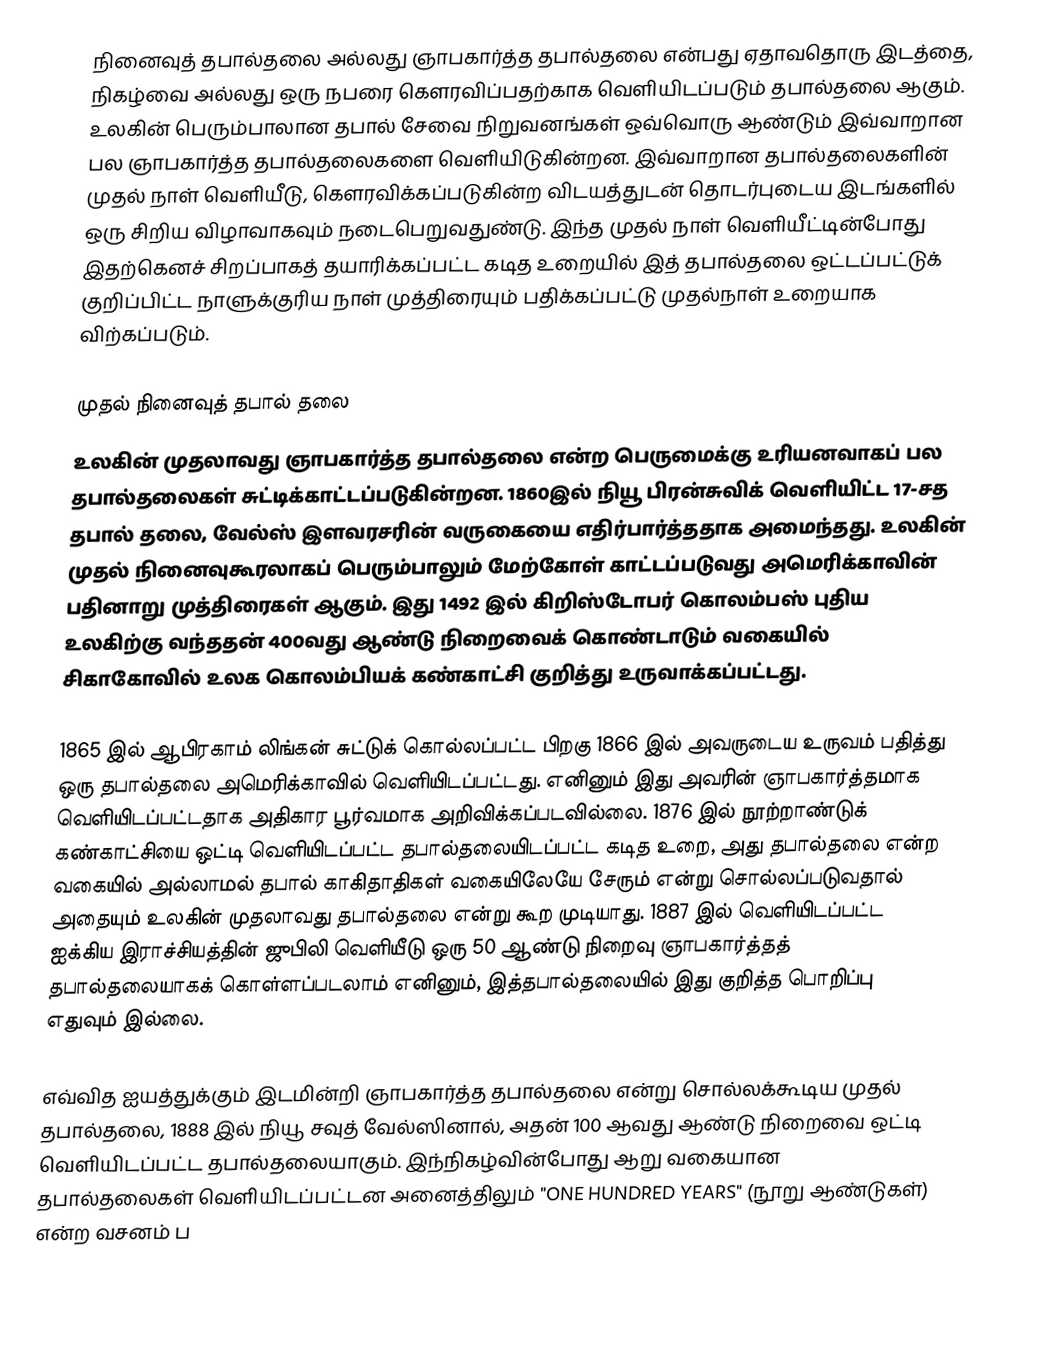
நினைவுத் தபால்தலை அல்லது ஞாபகார்த்த தபால்தலை என்பது ஏதாவதொரு இடத்தை, நிகழ்வை அல்லது ஒரு நபரை கௌரவிப்பதற்காக வெளியிடப்படும் தபால்தலை ஆகும். உலகின் பெரும்பாலான தபால் சேவை நிறுவனங்கள் ஒவ்வொரு ஆண்டும் இவ்வாறான பல ஞாபகார்த்த தபால்தலைகளை வெளியிடுகின்றன. இவ்வாறான தபால்தலைகளின் முதல் நாள் வெளியீடு, கௌரவிக்கப்படுகின்ற விடயத்துடன் தொடர்புடைய இடங்களில் ஒரு சிறிய விழாவாகவும் நடைபெறுவதுண்டு. இந்த முதல் நாள் வெளியீட்டின்போது இதற்கெனச் சிறப்பாகத் தயாரிக்கப்பட்ட கடித உறையில் இத் தபால்தலை ஒட்டப்பட்டுக் குறிப்பிட்ட நாளுக்குரிய நாள் முத்திரையும் பதிக்கப்பட்டு முதல்நாள் உறையாக விற்கப்படும்.

முதல் நினைவுத் தபால் தலை
உலகின் முதலாவது ஞாபகார்த்த தபால்தலை என்ற பெருமைக்கு உரியனவாகப் பல தபால்தலைகள் சுட்டிக்காட்டப்படுகின்றன. 1860இல் நியூ பிரன்சுவிக் வெளியிட்ட 17-சத தபால் தலை, வேல்ஸ் இளவரசரின் வருகையை எதிர்பார்த்ததாக அமைந்தது. உலகின் முதல் நினைவுகூரலாகப் பெரும்பாலும் மேற்கோள் காட்டப்படுவது அமெரிக்காவின் பதினாறு முத்திரைகள் ஆகும். இது 1492 இல் கிறிஸ்டோபர் கொலம்பஸ் புதிய உலகிற்கு வந்ததன் 400வது ஆண்டு நிறைவைக் கொண்டாடும் வகையில் சிகாகோவில் உலக கொலம்பியக் கண்காட்சி குறித்து உருவாக்கப்பட்டது.

1865 இல் ஆபிரகாம் லிங்கன் சுட்டுக் கொல்லப்பட்ட பிறகு 1866 இல் அவருடைய உருவம் பதித்து ஒரு தபால்தலை அமெரிக்காவில் வெளியிடப்பட்டது. எனினும் இது அவரின் ஞாபகார்த்தமாக வெளியிடப்பட்டதாக அதிகார பூர்வமாக அறிவிக்கப்படவில்லை.  1876 இல் நூற்றாண்டுக் கண்காட்சியை ஒட்டி வெளியிடப்பட்ட தபால்தலையிடப்பட்ட கடித உறை, அது தபால்தலை என்ற வகையில் அல்லாமல் தபால் காகிதாதிகள் வகையிலேயே சேரும் என்று சொல்லப்படுவதால் அதையும் உலகின் முதலாவது தபால்தலை என்று கூற முடியாது. 1887 இல் வெளியிடப்பட்ட ஐக்கிய இராச்சியத்தின் ஜுபிலி வெளியீடு ஒரு 50 ஆண்டு நிறைவு ஞாபகார்த்தத் தபால்தலையாகக் கொள்ளப்படலாம் எனினும், இத்தபால்தலையில் இது குறித்த பொறிப்பு எதுவும் இல்லை.

எவ்வித ஐயத்துக்கும் இடமின்றி ஞாபகார்த்த தபால்தலை என்று சொல்லக்கூடிய முதல் தபால்தலை, 1888 இல் நியூ சவுத் வேல்ஸினால், அதன் 100 ஆவது ஆண்டு நிறைவை ஒட்டி வெளியிடப்பட்ட தபால்தலையாகும். இந்நிகழ்வின்போது ஆறு வகையான தபால்தலைகள் வெளியிடப்பட்டன அனைத்திலும் "ONE HUNDRED YEARS" (நூறு ஆண்டுகள்) என்ற வசனம் ப